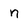
Character: n